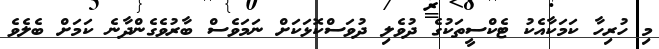
މި ހުރިހާ ކަމަކާއެކު ޓެކްސީތަކުގެ ދުވެލި ދުވަސްކޮޅަކަށް ނަމަވެސް ބާރުވެގެންދާނެ ކަމަށް ބެލެވެ